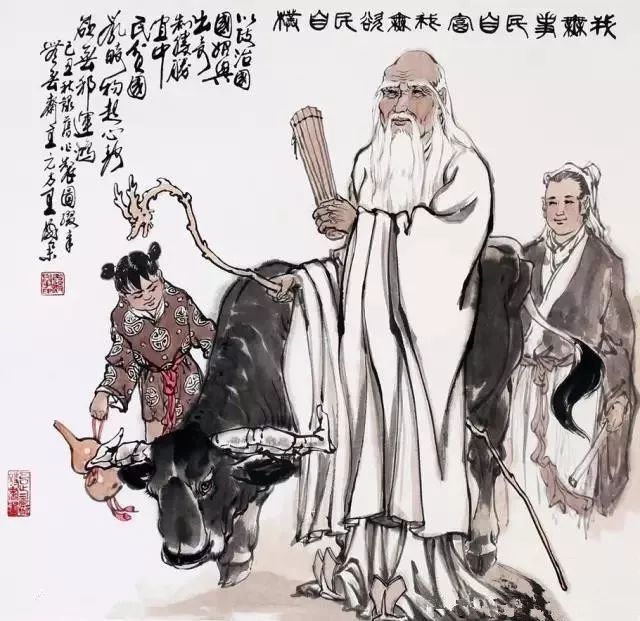
修己而不责人，则免于难。